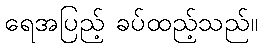
ရေအပြည့် ခပ်ထည့်သည်။